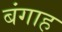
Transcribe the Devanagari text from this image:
बंगाह